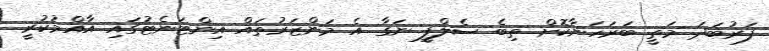
ފަރުބަދަ މަތީ ބަރަހަނާކޮށް ތިބެ ސެލްފީ ނަގާ އެ މަންޒަރުތައް އިންޓަނެޓުގައި އާއްމުކުރީ